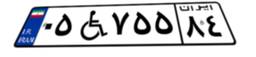
۰۵W۷۵۵۸۴